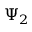
\Psi _ { 2 }